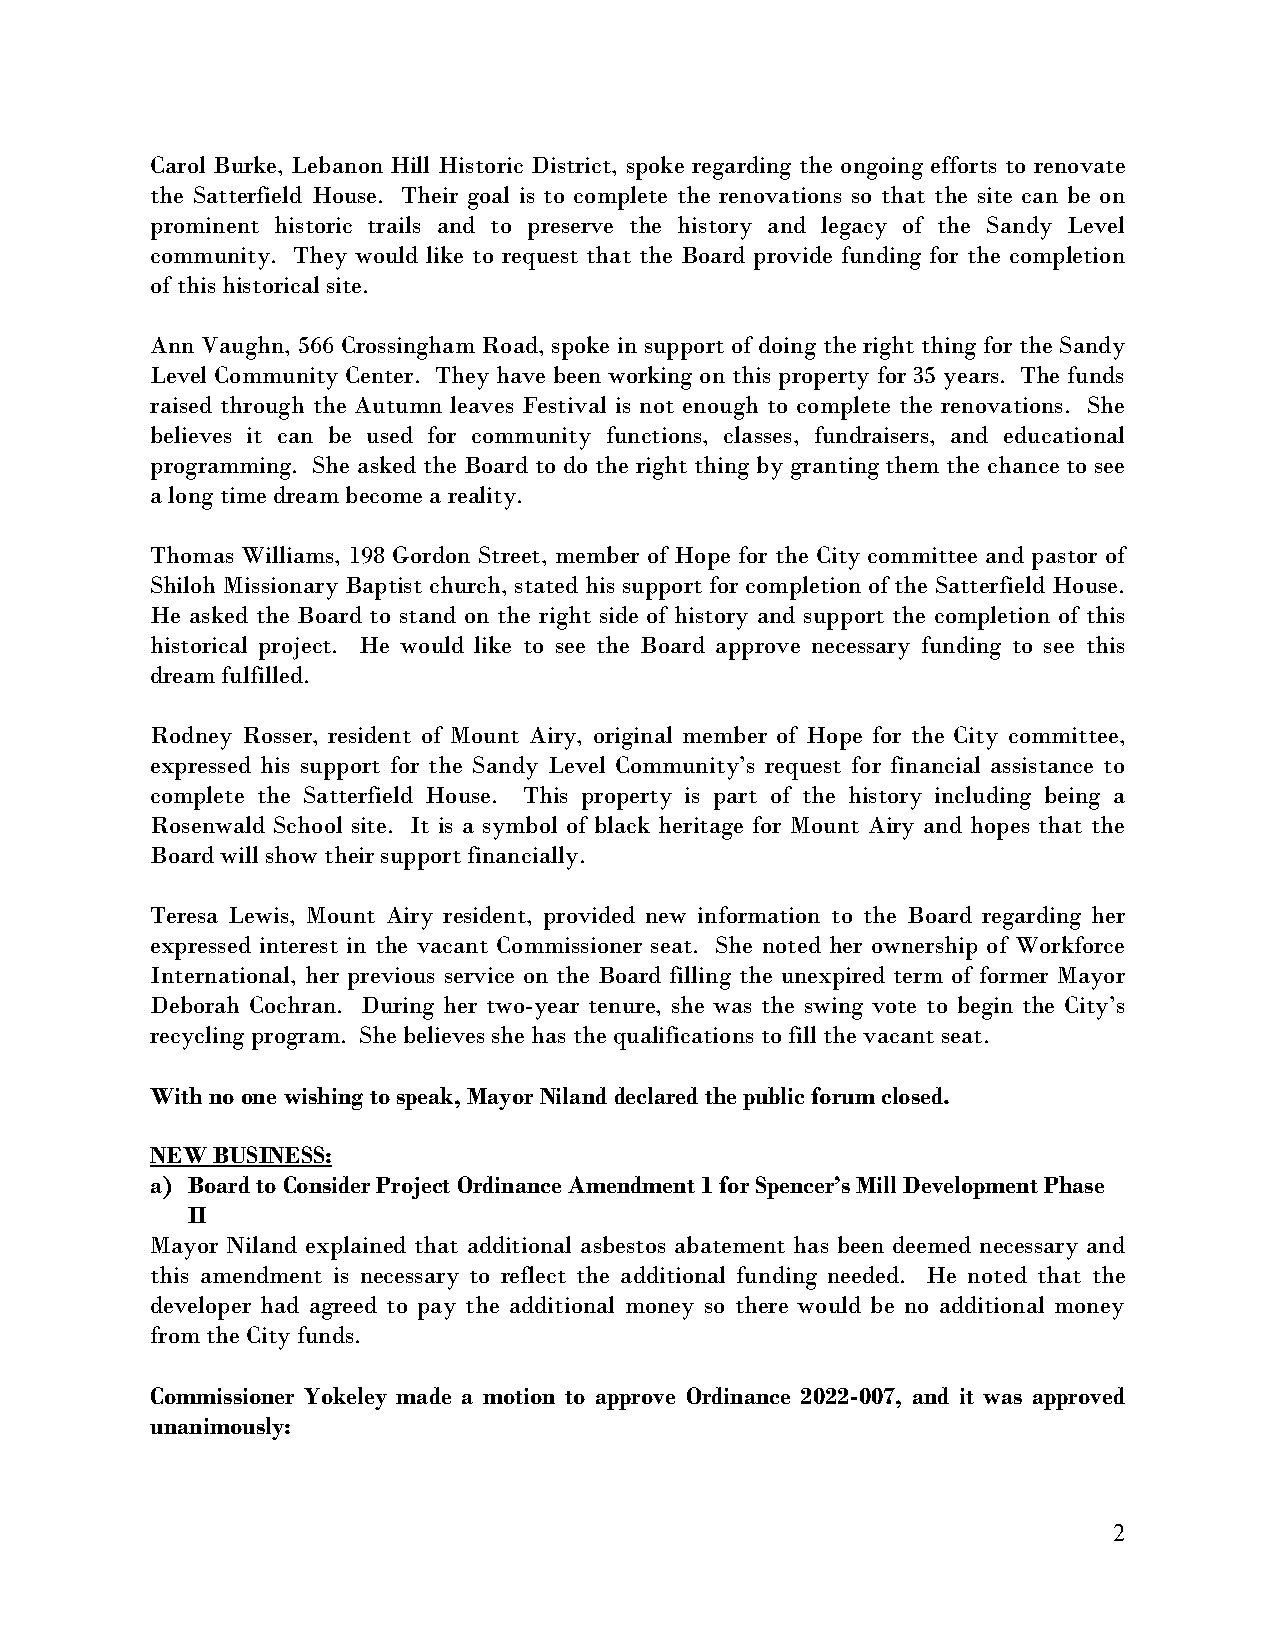
Carol Burke, Lebanon Hill Historic District, spoke regarding the ongoing efforts to renovate
 the Satterfield House. Their goal is to complete the renovations so that the site can be on
 prominent historic trails and to preserve the history and legacy of the Sandy Level
 community. They would like to request that the Board provide funding for the completion
 of this historical site.
 Ann Vaughn, 566 Crossingham Road, spoke in support of doing the right thing for the Sandy
 Level Community Center. They have been working on this property for 35 years. The funds
 raised through the Autumn leaves Festival is not enough to complete the renovations. She
 believes it can be used for community functions, classes, fundraisers, and educational
 programming. She asked the Board to do the right thing by granting them the chance to see
 a long time dream become a reality.
 Thomas Williams, 198 Gordon Street, member of Hope for the City committee and pastor of
 Shiloh Missionary Baptist church, stated his support for completion of the Satterfield House.
 He asked the Board to stand on the right side of history and support the completion of this
 historical project. He would like to see the Board approve necessary funding to see this
 dream fulfilled.
 Rodney Rosser, resident of Mount Airy, original member of Hope for the City committee,
 expressed his support for the Sandy Level Community’s request for financial assistance to
 complete the Satterfield House. This property is part of the history including being a
 Rosenwald School site. It is a symbol of black heritage for Mount Airy and hopes that the
 Board will show their support financially.
 Teresa Lewis, Mount Airy resident, provided new information to the Board regarding her
 expressed interest in the vacant Commissioner seat. She noted her ownership of Workforce
 International, her previous service on the Board filling the unexpired term of former Mayor
 Deborah Cochran. During her two-year tenure, she was the swing vote to begin the City’s
 recycling program. She believes she has the qualifications to fill the vacant seat.
 With no one wishing to speak, Mayor Niland declared the public forum closed.
 NEW BUSINESS:
 a) Board to Consider Project Ordinance Amendment 1 for Spencer’s Mill Development Phase
 II
 Mayor Niland explained that additional asbestos abatement has been deemed necessary and
 this amendment is necessary to reflect the additional funding needed. He noted that the
 developer had agreed to pay the additional money so there would be no additional money
 from the City funds.
 Commissioner Yokeley made a motion to approve Ordinance 2022-007, and it was approved
 unanimously:
 2